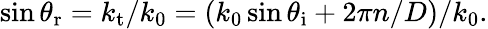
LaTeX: \sin\theta_{\mathrm{r}}=k_{\mathrm{t}}/k_{0}=(k_{0}\sin{\theta_{\mathrm{i}}+2\pi}n/D)/k_{0}.